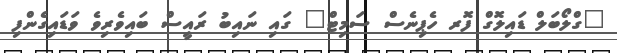
"ގްލޯބަލް ޑައިލޮގް ފޮރ ހެޕިނެސް ސަމިޓް" ގައި ނައިބު ރައީސް ބައިވެރިވެ ވަޑައިގެންފި